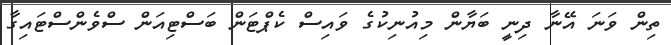
ތިން ވަނަ އޭނާ ދިނީ ބަޔާން މިއުނިކުގެ ވައިސް ކެޕްޓަން ބަސްޓިއަން ސްވެންސްޓައިގާ